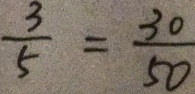
\frac { 3 } { 5 } = \frac { 3 0 } { 5 0 }